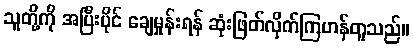
သူတို့ကို အပြီးပိုင် ချေမှုန်းရန် ဆုံးဖြတ်လိုက်ကြဟန်တူသည်။